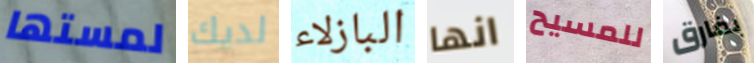
لمستها لديك البازلاء انها للمسيح بفارق